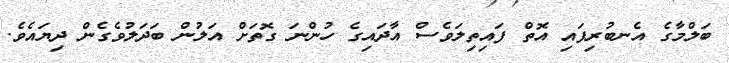
ބަލްމާގެ އެނބުރިފައި އޮތް ފައިތިލަވެސް އާދައިގެ ހުންނަ ގޮތަށް އަލުން ބަދަލުވެގެން ދިޔައެވެ.